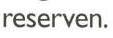
reserven.